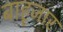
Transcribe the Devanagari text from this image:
बाहृजार